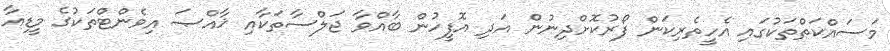
މަސައްކަތްތަކުގައި އެހީތެރިކަން ފޯރުކޮށްދިނުން އަދި އޮފީހުން ބާއްވާ ޖަލްސާތަކާއި ޚާއްޞަ އިވެންޓްތަކުގެ މީޑިއާ